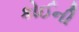
કોઈની